Vaccination in Bombay 1913-1923 - 1913-1923
Year: 1913
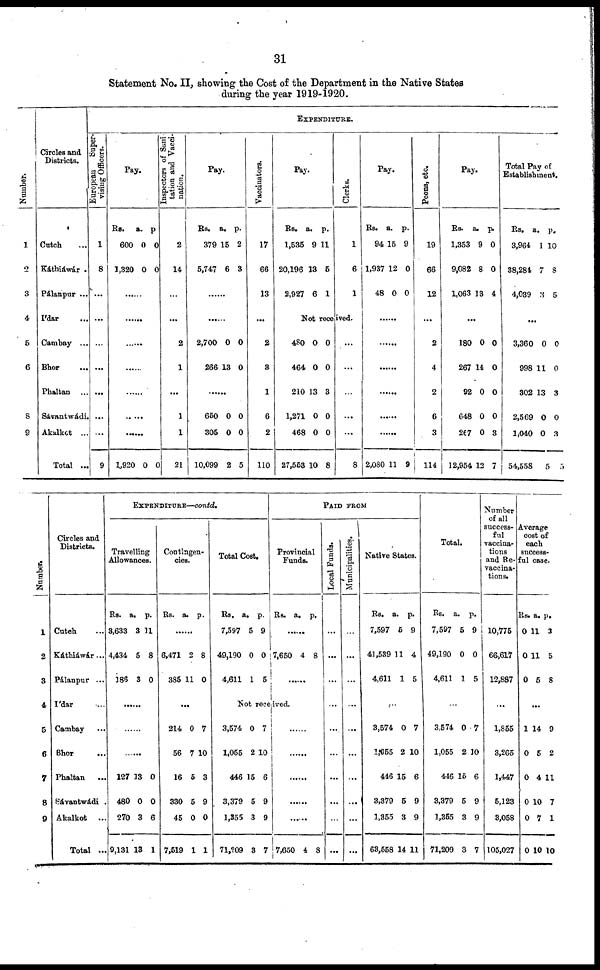
31
Statement No. II, showing the Cost of the Department in the Native States
during the year 1919-1920.
Number.
1
2
3
4
5
6
8
9
Circles and
Districts.
Catch ...
Káthiáwár .
Pálanpur ...
I'dar ...
Cambay ...
Bhor ...
Phaltan
...
Sávantwádi.
Akalkot ...
Total ...
EXPENDITURE.
European
Super¬
vising Officers.
1
8
...
...
...
...
...
...
...
9
Pay.
Rs.
600
1,320
a.
0
0
p.
0
0
......
......
......
......
......
......
......
1,920 0 0
Inspectors of Sani¬
tation and Vacci-
nation.
2
14
...
...
2
1
...
1
1
21
Pay.
Rs.
379
5,747
a.
15
6
p.
2
3
......
......
2,700
266
0
13
0
0
......
650
305
10,099
0
0
2
0
0
5
Vaccinators.
17
66
13
...
2
3
1
6
2
110
Pay.
Rs.
1,535
20,196
2,927
a.
9
13
6
p.
11
5
1
Clerks.
1
6
1
Not received.
480
464
210
1,271
468
27,553
0
0
13
0
0
10
0
0
3
0
0
8
...
...
...
...
...
8
Pay.
Rs.
94
1,937
48
a.
15
12
0
p.
9
0
0
......
......
......
......
......
......
2,080 11 9
Peons, etc.
19
66
12
...
2
4
2
6
3
114
Pay.
Rs.
1,353
9,082
1,063
a.
9
8
13
p.
0
0
4
...
180
267
92
648
267
12,954
0
14
0
0
0
12
0
0
0
0
3
7
Total Pay of
Establishment.
Rs.
3,964
38,284
4,039
a.
1
7
3
p.
10
8
5
...
3,360
998
302
2,569
1,040
54,558
0
11
13
0
0
5
0
0
3
0
3
5
Number.
1
2
3
4
5
6
7
8
9
Circles and
Districts.
Cutch ...
Káthiáwár...
Pálanpur ...
I'dar ...
Cambay ...
Bhor ...
Phaltan
...
Sávantwádi .
Akalkot ...
Total ...
EXPENDITURE—contd.
Travelling
Allowances.
Rs.
3,633
4,434
186
a.
3
5
3
p.
11
8
0
......
......
......
127
480
270
9,131
13
0
3
13
0
0
6
1
Contingen-
cies.
Rs.
a. p.
......
6,471
385
2
11
8
0
...
214
56
16
330
45
7,519
0
7
6
5
0
1
7
10
3
9
0
1
Total Cost.
Rs.
7,597
49,190
4,611
a.
5
0
1
p.
9
0
5
PAID FROM
Provincial
Funds.
Rs.
a.
p.
......
7,650 4 8
......
Not received.
3,574
1,055
446
3,379
1,355
71,209
0
2
15
5
3
3
7
10
6
9
9
7
......
......
......
......
......
7,650 4 8
Local Funds.
...
...
...
...
...
...
...
...
...
...
Municipalities.
...
...
...
...
...
...
...
...
...
...
Native States.
Rs.
7,597
41,539
4,611
a.
5
11
1
p.
9
4
5
...
3,574
1,055
446
3,379
1,355
63,558
0
2
15
5
3
14
7
10
6
9
9
11
Total.
Rs.
7,597
49,190
4,611
a.
5
0
1
p.
9
0
5
...
3,574
1,055
446
3,379
1,355
71,209
0
2
15
5
3
3
7
10
6
9
9
7
Number
of all
success-
ful
vaccina-
tions
and Re¬
vaccina-
tions.
10,775
66,617
12,887
...
1,855
3,265
1,447
5,123
3,058
105,027
Average
cost of
each
success-
ful case.
Rs.
0
0
0
a.
11
11
5
p.
3
5
8
...
1
0
0
0
0
0
14
5
4
10
7
10
9
2
11
7
1
10